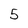
Character: 5